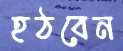
হঠবেন